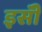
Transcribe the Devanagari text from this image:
इसॅी